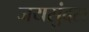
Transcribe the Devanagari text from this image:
जयसुंदरा